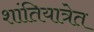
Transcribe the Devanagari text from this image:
शांतियात्रेत